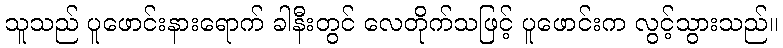
သူသည် ပူဖောင်းနားရောက် ခါနီးတွင် လေတိုက်သဖြင့် ပူဖောင်းက လွင့်သွားသည်။